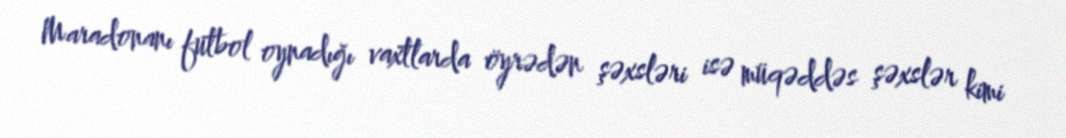
Maradonanı futbol oynadığı vaxtlarda öyrədən şəxsləri isə müqəddəs şəxslər kimi